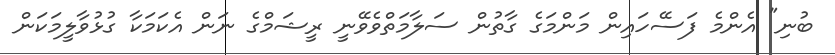
ބުނި" އެންމެ ފަސޭހައިން މަންމަގެ ގާތުން ސަލާމަތްވެވޭނީ ރީޝަމްގެ ނަން އެކަމަކާ ގުޅުވާލީމަކަން